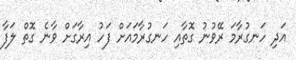
އަދި ހަނގުރާމަ ރޭވުނު ގޮތާއި ހަނގުރާމައަށް ފަހު އިރާގަށް ވާނެ ގޮތް ލަފާ